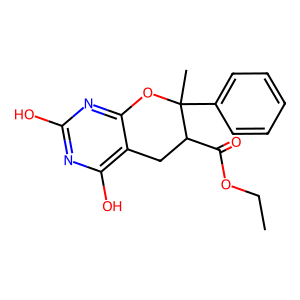
SMILES: CCOC(=O)C1Cc2c(O)nc(O)nc2OC1(C)c1ccccc1
Inhibits HIV replication: No